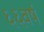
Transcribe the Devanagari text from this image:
६६वर्ष